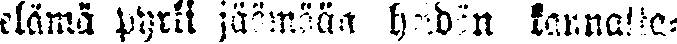
elämä pyrki jäämään heidän kannalle-